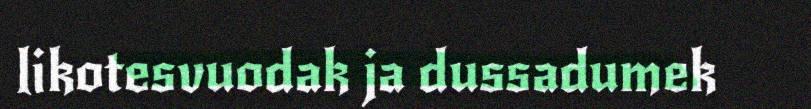
likotesvuodak ja dussadumek